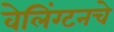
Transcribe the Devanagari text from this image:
वेलिंग्टनचे